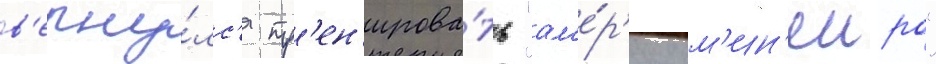
в'ерну́лс'я тр'ен'ирова́ть "ам'е́р'ику м'ин'еиро"